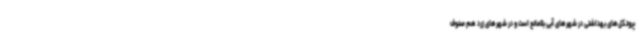
پروتکل‌های بهداشتی در شهرهای آبی بلامانع است و در شهرهای زرد هم صنوف